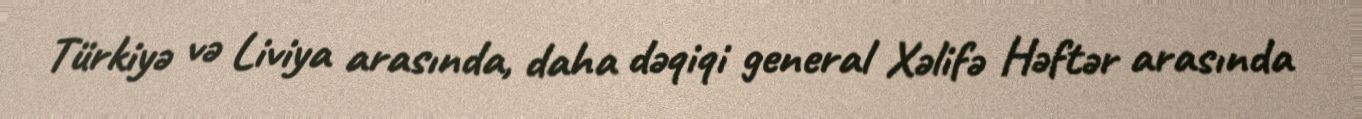
Türkiyə və Liviya arasında, daha dəqiqi general Xəlifə Həftər arasında